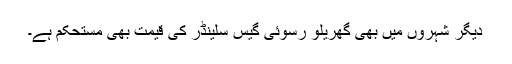
دیگر شہروں میں بھی گھریلو رسوئی گیس سلینڈر کی قیمت بھی مستحکم ہے۔